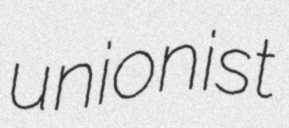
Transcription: unionist